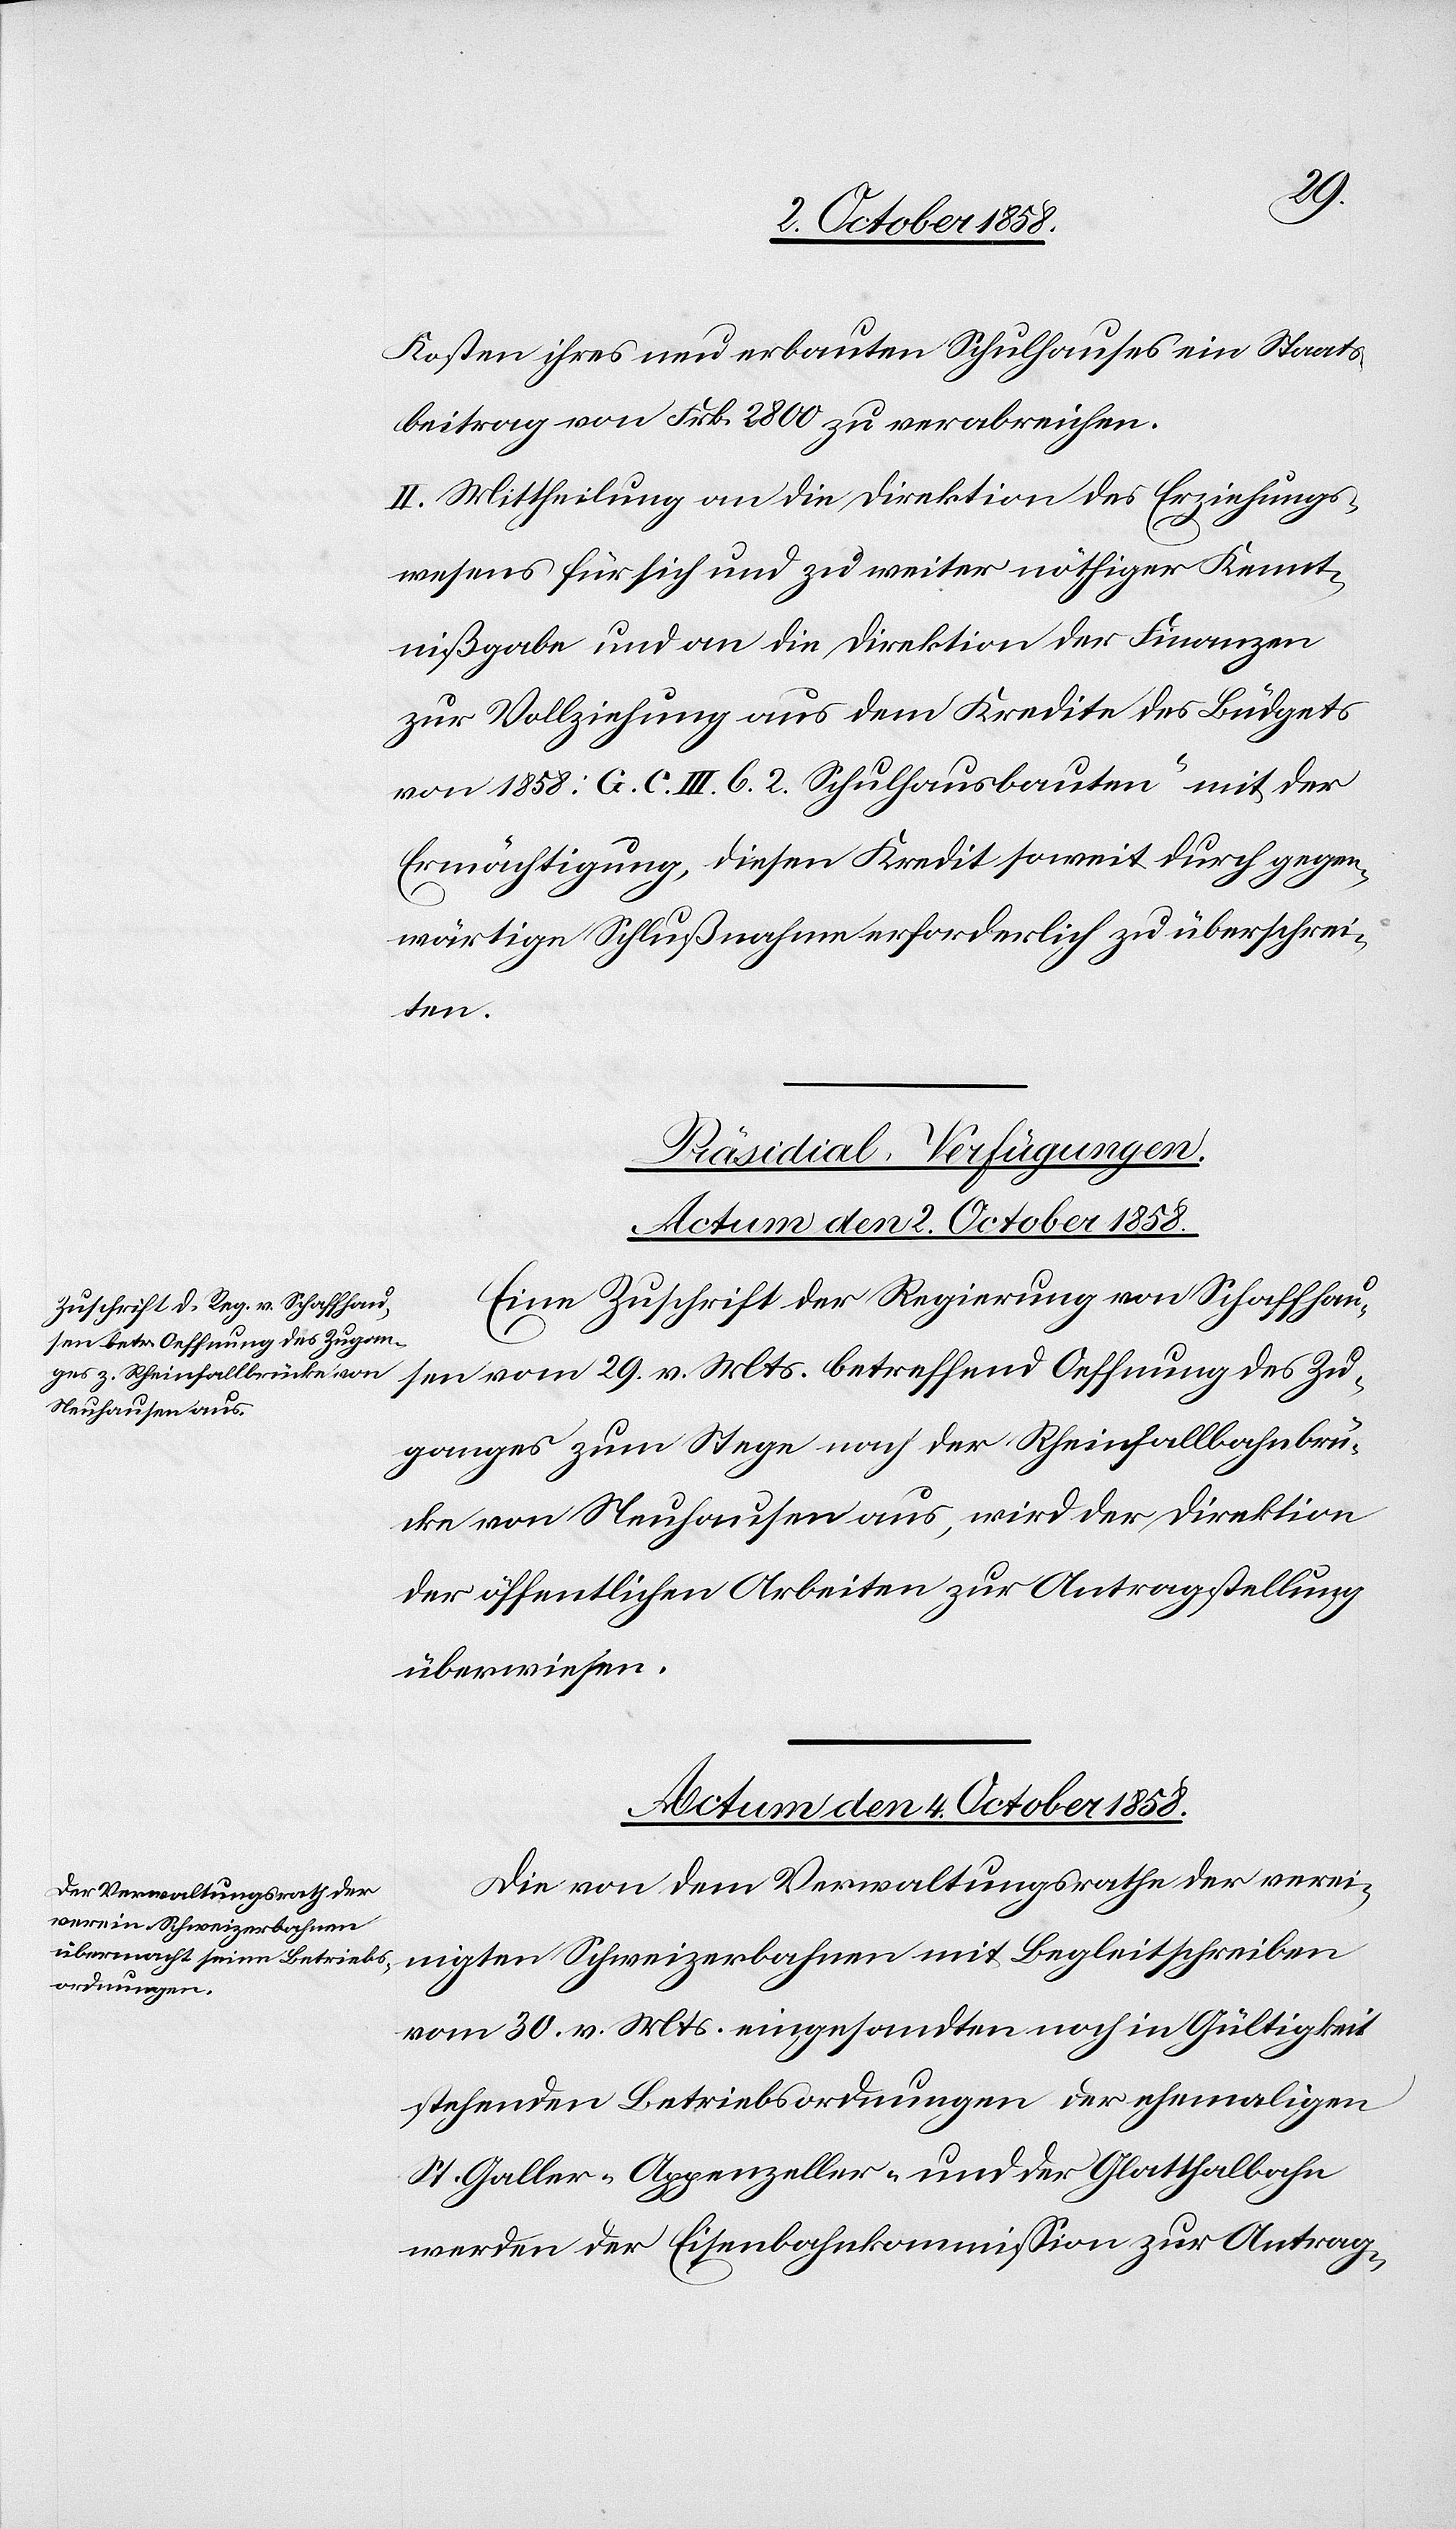
Zu¬
Kosten ihres neu erbauten Schulhauses ein Staats¬
beitrag von Frk. 2800 zu verabreichen.
II. Mittheilung an die Direktion des Erziehungs¬
wesens für sich und zu weiter nöthiger Kennt¬
nißgabe und an die Direktion der Finanzen
zur Vollziehung aus dem Kredite des Büdgets
von 1858: [„]G. C. III. [?b.] 2. Schulhausbauten“ mit der
Ermächtigung, diesen Kredit soweit durch gegen¬
wärtige Schlußnahme erforderlich zu überschrei¬
ten.
[Präsidial-Verfügungen.]
Actum den 2. October 1858.
Eine Zuschrift der Regierung von Schaffhausen
ganges zum Stege nach der Rheinfallbahnbrü¬
cke von Neuhausen aus, wird der Direktion
der öffentlichen Arbeiten zur Antragstellung
überwiesen.
Actum den 4. October 1858.
Die von dem Verwaltungsrathe der verei¬
nigten Schweizerbahnen
vom 30. v. Mts. eingesandten noch in Gültigkeit
stehenden Betriebsordnungen der ehemaligen
St. Galler-Appenzeller- und der Glatthalbahn
werden der Eisenbahnkommission zur Antrag-